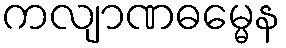
ကလျာဏဓမ္မေန